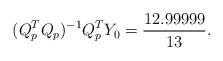
LaTeX: \begin{align*}(Q_p^TQ_p)^{-1}Q_p^TY_0=\frac{12.99999}{13}.\end{align*}